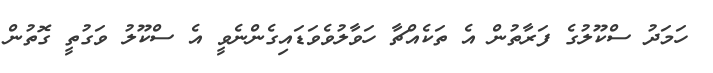
ހަމަދު ސްކޫލުގެ ފަރާތުން އެ ތަކެއްޗާ ހަވާލުވެވަޑައިގެންނެވީ އެ ސްކޫލު ވަގުތީ ގޮތުން